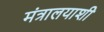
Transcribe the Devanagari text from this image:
मंत्रालयाशी